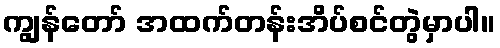
ကျွန်တော် အထက်တန်းအိပ်စင်တွဲမှာပါ။